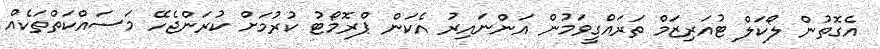
އެގޮތުން ލޯކަލް ޓުއަރިޒަމް ތަރައްގީވަމުން އަންނައިރު އެކަން ޕްރޮމޯޓު ކުރުމަށް ކުރަންޖެހޭ މަސައްކަތްތަކެއް